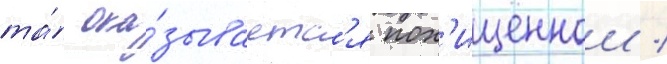
та́ ока́зываетс'я пох'ищеннои /